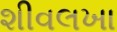
શીવલખા